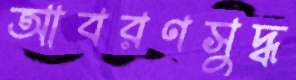
আবরণসুদ্ধ